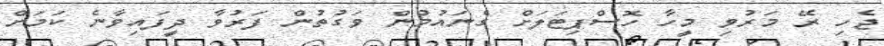
ޖެހި ރޭ މަރުވި މީހާ ހޮސްޕިޓަލަށް ގެނައުމުން ވަގުތުން ފަރުވާ ދީފައިވާނެ ކަމަށް